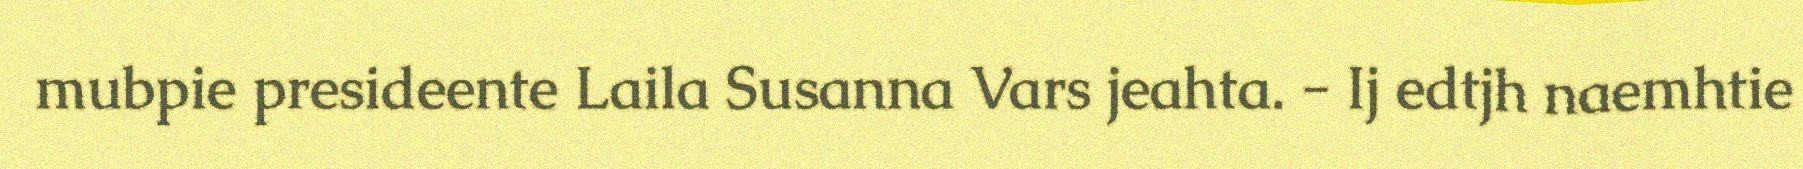
mubpie presideente Laila Susanna Vars jeahta. - Ij edtjh naemhtie